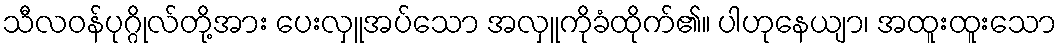
သီလဝန်ပုဂ္ဂိုလ်တို့အား ပေးလှူအပ်သော အလှူကိုခံထိုက်၏။ ပါဟုနေယျာ၊ အထူးထူးသော